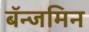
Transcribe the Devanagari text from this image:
बॅन्जमिन